Civil Veterinary Dept. North-West Frontier Province 1901-22 - 1901-1922
Year: 1901
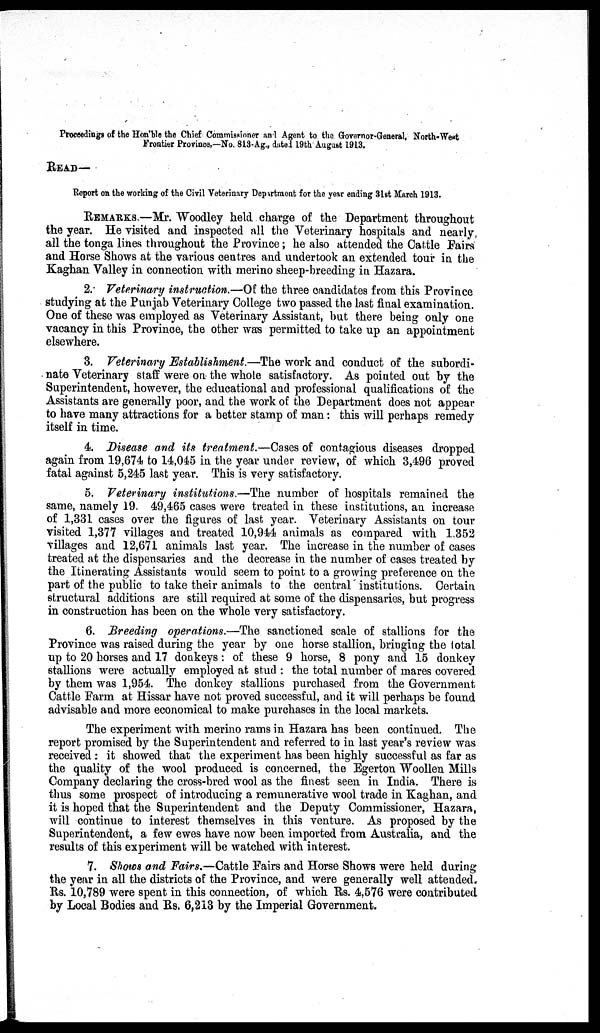
Proceedings of the Hon'ble the Chief Commissioner and Agent to the Governor-General, North-West
Frontier Province,—No. 813-Ag., dated 19th August 1913.
READ—
Report on the working of the Civil Veterinary Department for the year ending 31st March 1913.
REMARKS.—Mr. Woodley held charge of the Department throughout
the year. He visited and inspected all the Veterinary hospitals and nearly,
all the tonga lines throughout the Province ; he also attended the Cattle Fairs
and Horse Shows at the various centres and undertook an extended tour in the
Kaghan Valley in connection with merino sheep-breeding in Hazara.
2. Veterinary instruction.—Of the three candidates from this Province
studying at the Punjab Veterinary College two passed the last final examination.
One of these was employed as Veterinary Assistant, but there being only one
vacancy in this Province, the other was permitted to take up an appointment
elsewhere.
3. Veterinary Establishment.—The work and conduct of the subordi-
nate Veterinary staff were on the whole satisfactory. As pointed out by the
Superintendent, however, the educational and professional qualifications of the
Assistants are generally poor, and the work of the Department does not appear
to have many attractions for a better stamp of man: this will perhaps remedy
itself in time.
4. Disease and its treatment.—Cases of contagious diseases dropped
again from 19,674 to 14,045 in the year under review, of which 3,496 proved
fatal against 5,245 last year. This is very satisfactory.
5. Veterinary institutions.—The number of hospitals remained the
same, namely 19. 49,465 cases were treated in these institutions, an increase
of 1,331 cases over the figures of last year. Veterinary Assistants on tour
visited 1,377 villages and treated 10,944 animals as compared with 1.352
villages and 12,671 animals last year. The increase in the number of cases
treated at the dispensaries and the decrease in the number of cases treated by
the Itinerating Assistants would seem to point to a growing preference on the
part of the public to take their animals to the central institutions. Certain
structural additions are still required at some of the dispensaries, but progress
in construction has been on the whole very satisfactory.
6. Breeding operations.—The sanctioned scale of stallions for the
Province was raised during the year by one horse stallion, bringing the total
up to 20 horses and 17 donkeys : of these 9 horse, 8 pony and 15 donkey
stallions were actually employed at stud : the total number of mares covered
by them was 1,954. The donkey stallions purchased from the Government
Cattle Farm at Hissar have not proved successful, and it will perhaps be found
advisable and more economical to make purchases in the local markets.
The experiment with merino rams in Hazara has been continued. The
report promised by the Superintendent and referred to in last year's review was
received : it showed that the experiment has been highly successful as far as
the quality of the wool produced is concerned, the Egerton Woollen Mills
Company declaring the cross-bred wool as the finest seen in India. There is
thus some prospect of introducing a remunerative wool trade in Kaghan, and
it is hoped that the Superintendent and the Deputy Commissioner, Hazara,
will continue to interest themselves in this venture. As proposed by the
Superintendent, a few ewes have now been imported from Australia, and the
results of this experiment will be watched with interest.
7. Shows and Fairs.—Cattle Fairs and Horse Shows were held during
the year in all the districts of the Province, and were generally well attended.
Rs. 10,789 were spent in this connection, of which Rs. 4.576 were contributed
by Local Bodies and Rs. 6,213 by the Imperial Government.